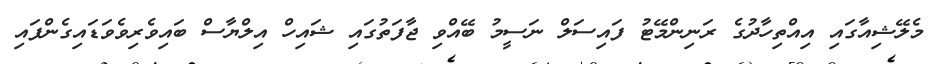
މެލޭޝިއާގައި އިއްތިހާދުގެ ރަނިންމޭޓު ފައިސަލް ނަސީމު ބޭއްވި ޖާފަތުގައި ޝައިހް އިލްޔާސް ބައިވެރިވެވަޑައިގެންފައި